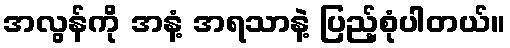
အလွန်ကို အနံ့ အရသာနဲ့ ပြည့်စုံပါတယ်။